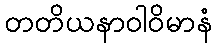
တတိယနာဝါဝိမာနံ